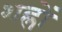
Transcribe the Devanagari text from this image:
शह्रों